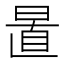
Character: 𣇣